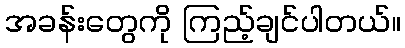
အခန်းတွေကို ကြည့်ချင်ပါတယ်။